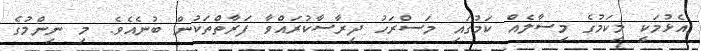
އެޅުމަކީ މިކަމުގެ މިސާލެއް ކަމުގައި މަސްރަހު ދިރާސާކުރައްވާ ފަރާތްތަކުން ބުނެއެވެ. މި ނިންމުގެ